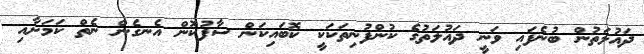
ދައުލަތުން ބުނެފައި ވަނީ ދައުލަތުގެ ކުންފުނިތަކަކީ ކޮބައިކަން ސާފުކޮން އެނގެން ނެތް ކަމަށާއި